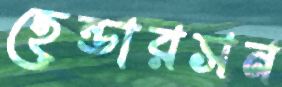
হেন্ডারসন